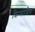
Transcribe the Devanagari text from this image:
क्रिमरमैन